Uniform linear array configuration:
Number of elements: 16
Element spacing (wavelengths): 0.5
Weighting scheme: blackman
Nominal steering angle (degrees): -45
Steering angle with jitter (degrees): -44.686
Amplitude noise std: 0.05
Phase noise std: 0.05

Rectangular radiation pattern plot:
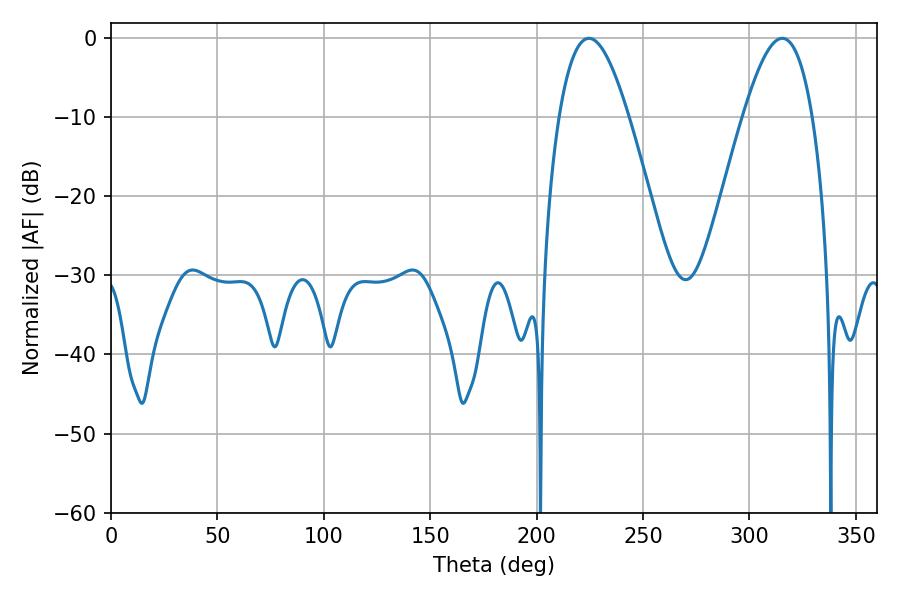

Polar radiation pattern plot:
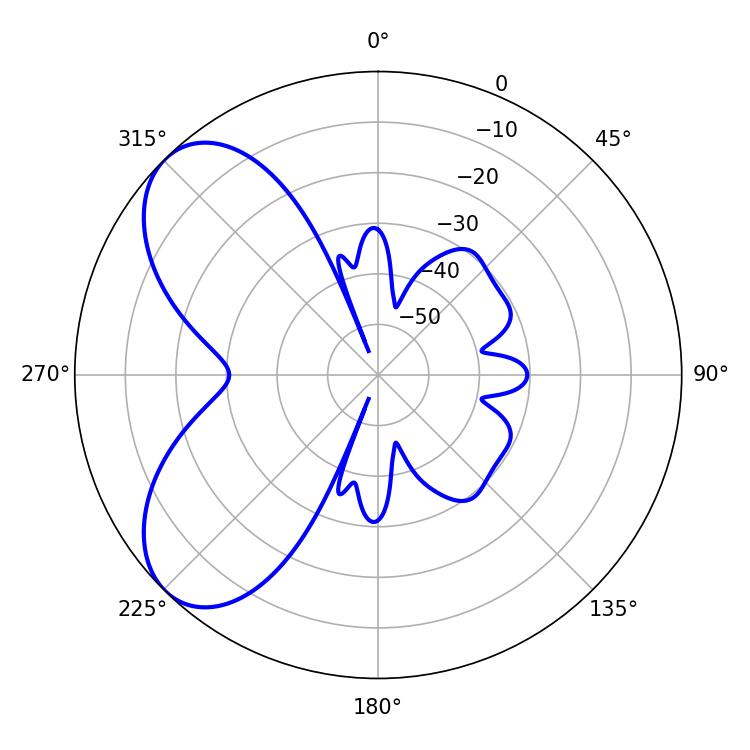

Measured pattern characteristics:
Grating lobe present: FALSE
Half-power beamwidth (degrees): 17.82
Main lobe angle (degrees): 224.64